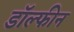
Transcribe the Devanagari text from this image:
डॉल्‍फीन